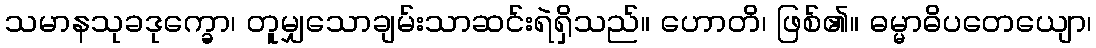
သမာနသုခဒုက္ခော၊ တူမျှသောချမ်းသာဆင်းရဲရှိသည်။ ဟောတိ၊ ဖြစ်၏။ ဓမ္မာဓိပတေယျော၊